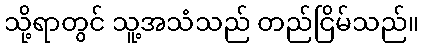
သို့ရာတွင် သူ့အသံသည် တည်ငြိမ်သည်။